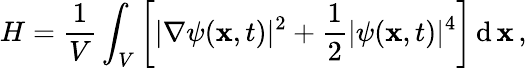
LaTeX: H=\frac{1}{V}\int_{V}\left[|\nabla\psi(\mathbf{x},t)|^{2}+\frac{1}{2}|\psi(\mathbf{x},t)|^{4}\right]\, \mathrm{d}\, \mathbf{x}\, ,